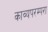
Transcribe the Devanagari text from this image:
काव्यपरम्परा